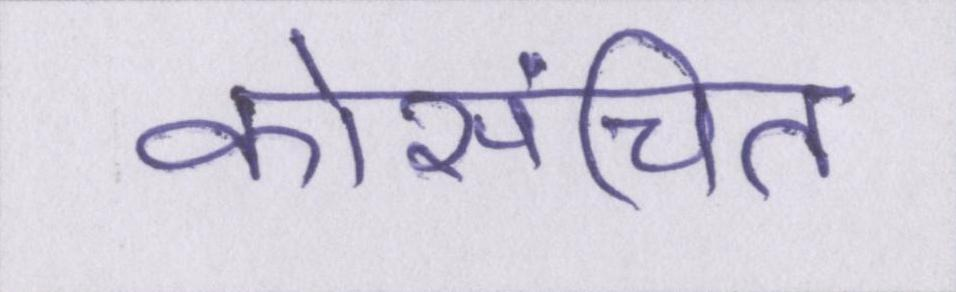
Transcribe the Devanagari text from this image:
कोसंचित